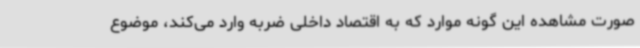
صورت مشاهده این گونه موارد که به اقتصاد داخلی ضربه وارد می‌کند، موضوع